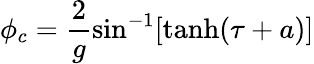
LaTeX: \phi_{c}=\frac{2}{g}\sin^{-1}[\operatorname{tanh}(\tau+a)]